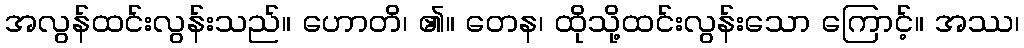
အလွန်ထင်းလွန်းသည်။ ဟောတိ၊ ၏။ တေန၊ ထိုသို့ထင်းလွန်းသော ကြောင့်။ အဿ၊